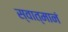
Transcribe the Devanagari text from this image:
स्वात्मानं